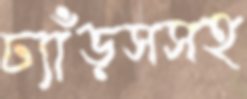
ঢ্যাঁড়সসহ